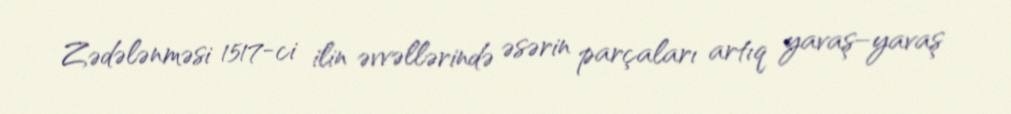
Zədələnməsi 1517-ci ilin əvvəllərində əsərin parçaları artıq yavaş–yavaş